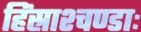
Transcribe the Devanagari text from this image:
हिंस्राश्चण्डाः